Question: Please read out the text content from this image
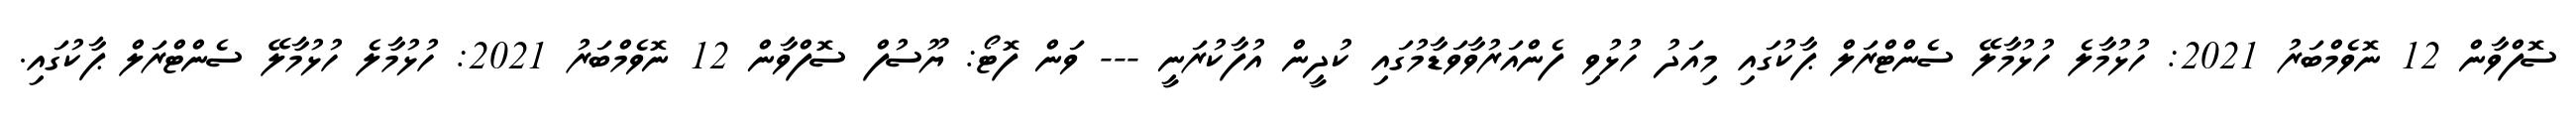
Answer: ސޮފްވާން 12 ނޮވެމްބަރު 2021: ހުޅުމާލެ ހުޅުމާލޭ ސެންޓްރަލް ޕާކުގައި މިއަދު ހުޅުވި ފެންއަރުވާވަޑާމުގައި ކުދީން އުފާކުރަނީ --- ވަން ފޮޓޯ: ޔޫސުފް ސޮފްވާން 12 ނޮވެމްބަރު 2021: ހުޅުމާލެ ހުޅުމާލޭ ސެންޓްރަލް ޕާކުގައި.